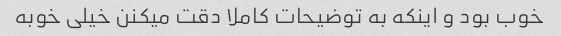
خوب بود و اینکه به توضیحات کاملا دقت میکنن خیلی خوبه